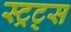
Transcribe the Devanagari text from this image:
स्ट्रट्स